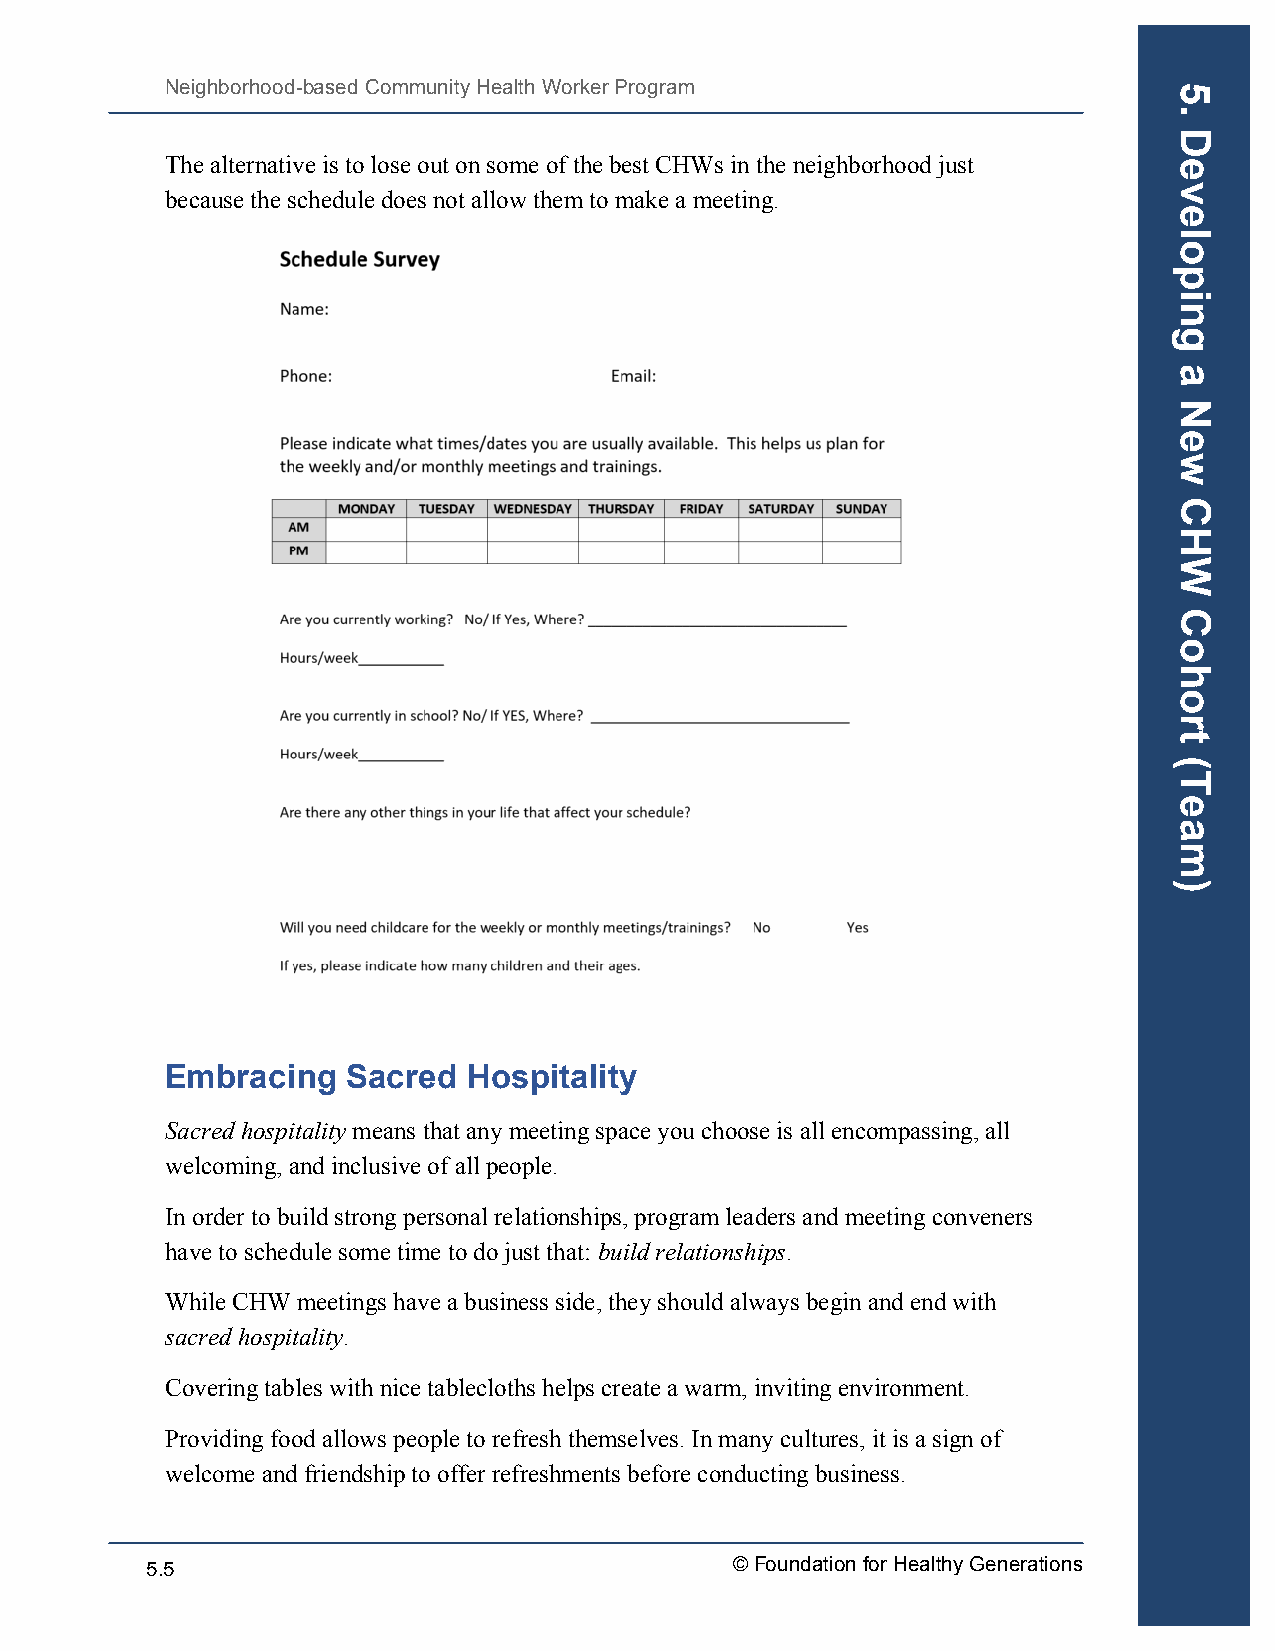
Neighborhood-based Community Health Worker Program
 The alternative is to lose out on some of the best CHWs in the neighborhood just
 because the schedule does not allow them to make a meeting.
 Embracing   Sacred  Hospitality
 Sacred hospitality means that any meeting space you choose is all encompassing, all
 welcoming, and inclusive of all people.
 In order to build strong personal relationships, program leaders and meeting conveners
 have to schedule some time to do just that: build relationships.
 While CHW meetings have a business side, they should always begin and end with
 sacred hospitality.
 Covering tables with nice tablecloths helps create a warm, inviting environment.
 Providing food allows people to refresh themselves. In many cultures, it is a sign of
 welcome and friendship to offer refreshments before conducting business.
 5.5                                   © Foundation for Healthy Generations
 5.
 Developing
 a
 New
 CHW
 Cohort
 (Team)